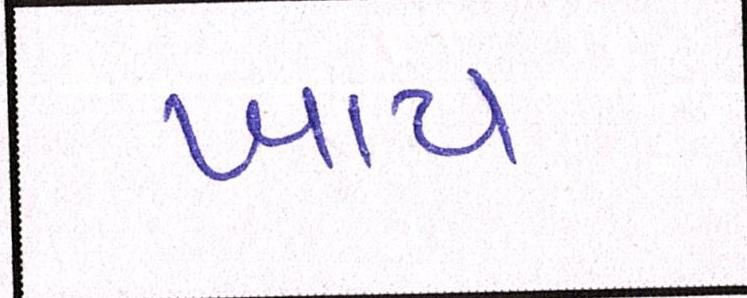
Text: ખાય